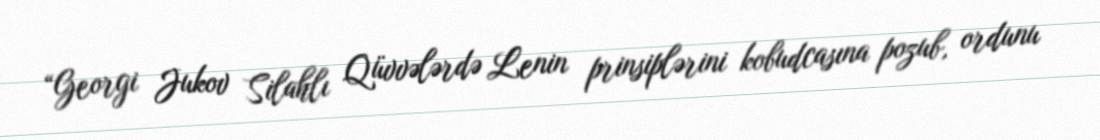
“Georgi Jukov Silahlı Qüvvələrdə Lenin prinsiplərini kobudcasına pozub, ordunu